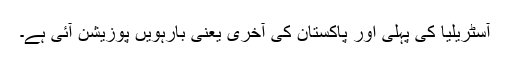
آسٹریلیا کی پہلی اور پاکستان کی آخری یعنی بارہویں پوزیشن آئی ہے۔